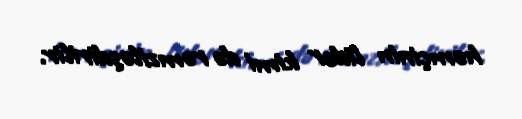
həmçinin lider kimi də rəmziləşdirilir.